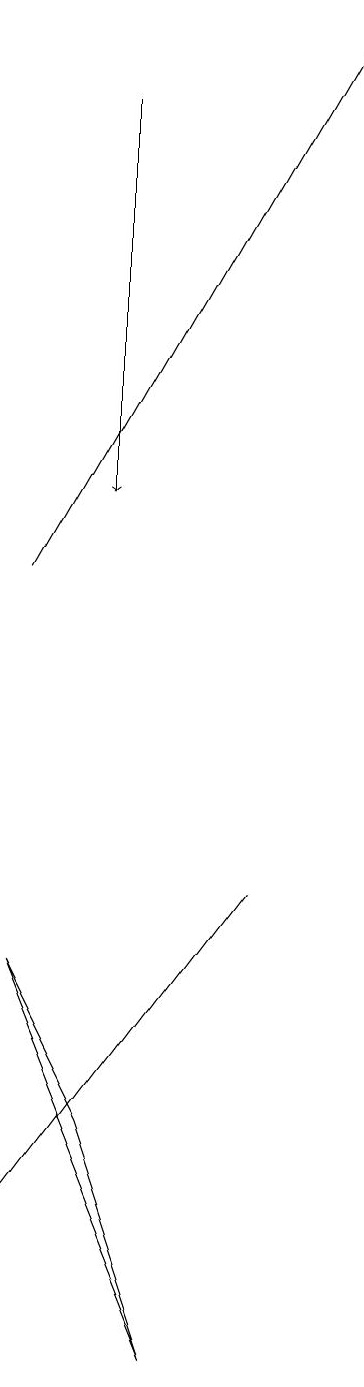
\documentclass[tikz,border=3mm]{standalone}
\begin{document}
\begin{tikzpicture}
\draw[->] (2,12) -- (6,19);
\draw (2,7) -- (3,5) -- (4,2) -- cycle;
\draw[->] (3,18) -- (3,13);
\draw (2,4) -- (5,8) -- (5,8) -- cycle;
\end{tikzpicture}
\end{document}